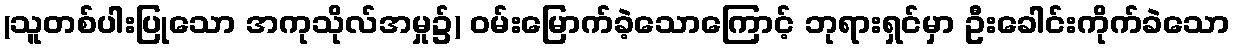
(သူတစ်ပါးပြုသော အကုသိုလ်အမှု၌) ဝမ်းမြောက်ခဲ့သောကြောင့် ဘုရားရှင်မှာ ဦးခေါင်းကိုက်ခဲသော